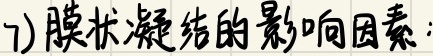
7) 膜状凝结的影响因素：